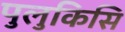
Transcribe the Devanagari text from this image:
पुलुकिसि